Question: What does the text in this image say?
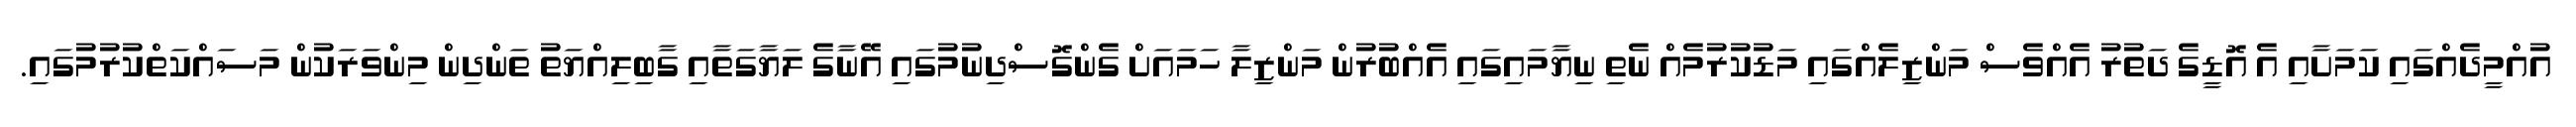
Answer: އުއްމީދެއްގައި ކަމަށާއި އެ އޮޑީގެ ދަތުރު އެއްވެސް މަންޒިލެއްގައި މަޑުކުރުމެއް ނެތި ނިޔާމައިގައި އެއްބުރުން މަންޒިލާ ހަމައަށް ގެންގޮސްދިނުމުގައި އޭނާގެ ލަޔާގަތާއި ގާބިލިއްޔަތު ތަންދިން މިންވަރަކުން މަސައްކަތްކުރުމުގައި.